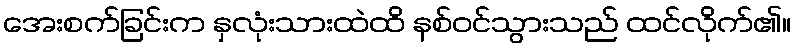
အေးစက်ခြင်းက နှလုံးသားထဲထိ နစ်ဝင်သွားသည် ထင်လိုက်၏။